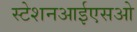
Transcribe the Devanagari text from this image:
स्टेशनआईएसओ